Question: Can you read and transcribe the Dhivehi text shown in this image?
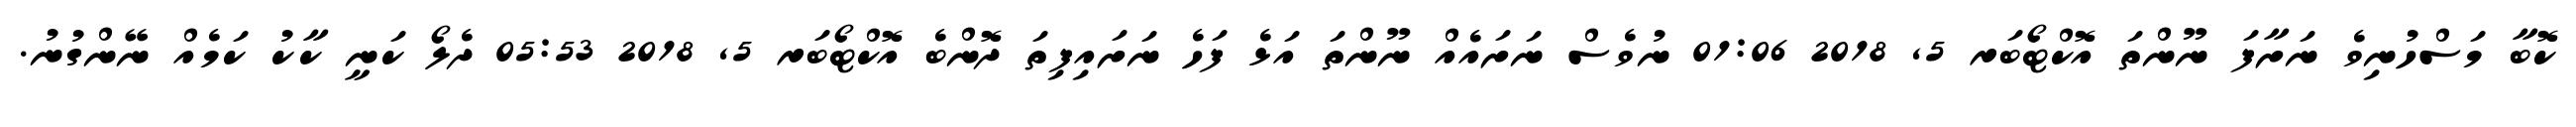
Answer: ކޮބާ މަސްހުނިވެ ނަށާފަ ނޫންތަ އޮކްޓޯބަރ 5, 2018 01:06 ނުވެސް ނަށައެއް ނޫންތަ އަޅެ ފަހެ ނަށައިފިތަ ދޮންބެ އޮކްޓޯބަރ 5, 2018 05:53 ދެލޯ ކަނީ ކާކު ކަމެއް ނޭންގުނު.